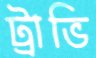
ট্রাভি